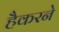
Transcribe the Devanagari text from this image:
हैकरने